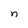
Character: n